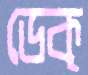
ডেক্